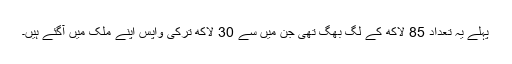
پہلے یہ تعداد 85 لاکھ کے لگ بھگ تھی جن میں سے 30 لاکھ ترکی واپس اپنے ملک میں آگئے ہیں۔